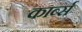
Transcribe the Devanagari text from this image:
कार्ब्स